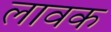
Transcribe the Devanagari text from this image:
लावक